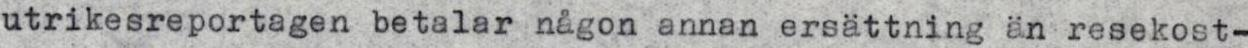
utrikesreportagen betalar någon annan ersättning än resekost-